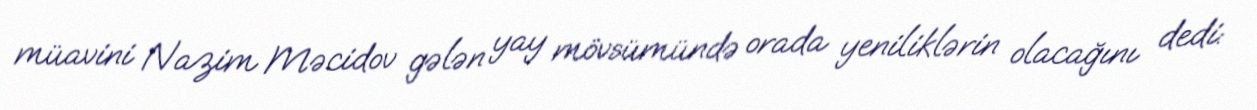
müavini Nazim Məcidov gələn yay mövsümündə orada yeniliklərin olacağını dedi: